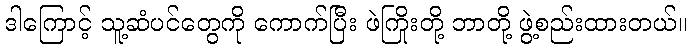
ဒါကြောင့် သူ့ဆံပင်တွေကို ကောက်ပြီး ဖဲကြိုးတို့ ဘာတို့ ဖွဲ့စည်းထားတယ်။